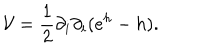
LaTeX: { \mathcal { V } } = \frac { 1 } { 2 } \partial _ { i } \partial _ { i } ( e ^ { h } - h ) .